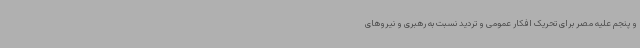
و پنجم علیه مصر برای تحریک افکار عمومی و تردید نسبت به رهبری و نیروهای